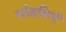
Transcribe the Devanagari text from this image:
सोडविणें